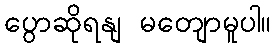
ပွောဆိုရနျ မတျောမူပါ။